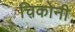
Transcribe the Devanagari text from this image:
चिकोनी